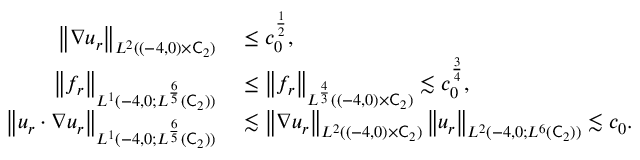
\begin{array} { r l } { \left\lVert \nabla u _ { r } \right\rVert _ { L ^ { 2 } ( ( - 4 , 0 ) \times \mathsf C _ { 2 } ) } } & { { } \le c _ { 0 } ^ { \frac 1 2 } , } \\ { \left\lVert f _ { r } \right\rVert _ { L ^ { 1 } ( - 4 , 0 ; L ^ { \frac 6 5 } ( \mathsf C _ { 2 } ) ) } } & { { } \le \left\lVert f _ { r } \right\rVert _ { L ^ { \frac 4 3 } ( ( - 4 , 0 ) \times \mathsf C _ { 2 } ) } \lesssim c _ { 0 } ^ { \frac 3 4 } , } \\ { \left\lVert u _ { r } \cdot \nabla u _ { r } \right\rVert _ { L ^ { 1 } ( - 4 , 0 ; L ^ { \frac 6 5 } ( \mathsf C _ { 2 } ) ) } } & { { } \lesssim \left\lVert \nabla u _ { r } \right\rVert _ { L ^ { 2 } ( ( - 4 , 0 ) \times \mathsf C _ { 2 } ) } \left\lVert u _ { r } \right\rVert _ { L ^ { 2 } ( - 4 , 0 ; L ^ { 6 } ( \mathsf C _ { 2 } ) ) } \lesssim c _ { 0 } . } \end{array}